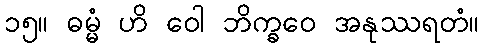
၁၅။ ဓမ္မံ ဟိ ဝေါ ဘိက္ခဝေ အနုဿရတံ။